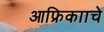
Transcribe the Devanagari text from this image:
आफ्रिकााचे